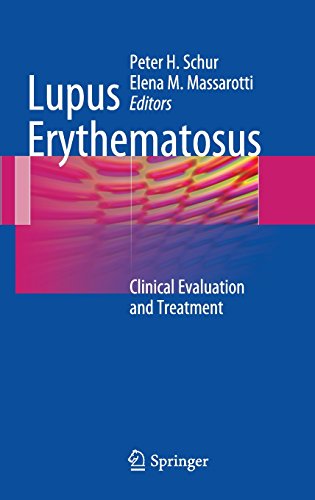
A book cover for Lupus Erythematosus: Clinical Evaluation and Treatment; Health, Fitness & Dieting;